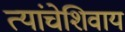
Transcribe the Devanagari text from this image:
त्यांचेशिवाय